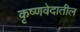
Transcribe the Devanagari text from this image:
कृष्णवेदातील